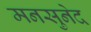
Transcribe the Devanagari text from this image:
मनसुनेद